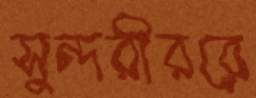
সুন্দরীররে